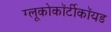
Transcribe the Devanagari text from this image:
ग्लूकोकॉर्टीकॉयड